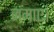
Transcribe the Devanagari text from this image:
जमाए।